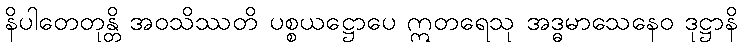
နိပါတေတုန္တိ အဝသိဿတိ ပစ္စယဋ္ဌောပေ ဣတရေသု အဒ္ဓမာသေနေဝ ဒုဋ္ဌာနိ